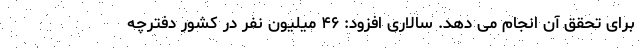
برای تحقق آن انجام می دهد. سالاری افزود: ۴۶ میلیون نفر در کشور دفترچه